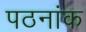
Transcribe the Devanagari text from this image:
पठनांक